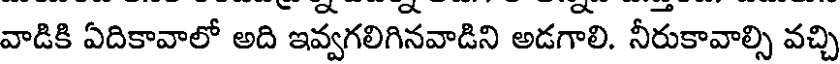
వాడికి ఏదికావాలో అది ఇవ్వగలిగినవాడిని అడగాలి. నీరుకావాల్సి వచ్చి